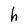
Character: h